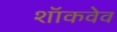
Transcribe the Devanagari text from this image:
शॉकवेव